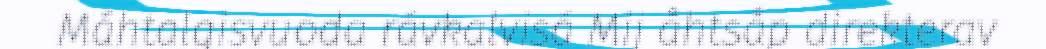
Máhtalgisvuoda rávkalvisá Mij åhtsåp direkterav